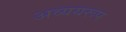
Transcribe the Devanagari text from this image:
अव्ययरूप